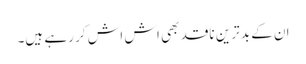
ان کے بد ترین ناقد بھی اش اش کر رہے ہیں۔